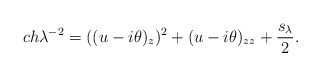
\begin{align*} c h \lambda^{-2} = ((u-i \theta)_{z})^2 + (u-i \theta)_{zz} + \frac{s_{\lambda}}{2}.\end{align*}